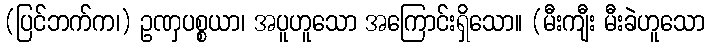
(ပြင်ဘက်က၊) ဥဏှပစ္စယာ၊ အပူဟူသော အကြောင်းရှိသော။ (မီးကျီး မီးခဲဟူသော